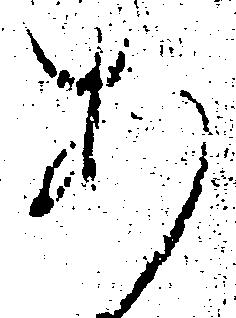
あ